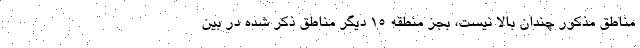
مناطق مذکور چندان بالا نیست، بجز منطقه ۱۵ دیگر مناطق ذکر شده در بین